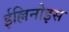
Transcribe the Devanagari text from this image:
ईल्लिनोइस